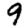
Digit: 9